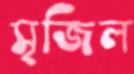
সৃজিল